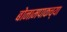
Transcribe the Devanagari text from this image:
बोनामपाकच्या